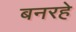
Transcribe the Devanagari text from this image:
बनरहे